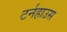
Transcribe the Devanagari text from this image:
टर्नहाउस